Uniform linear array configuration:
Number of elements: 24
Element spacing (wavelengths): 0.25
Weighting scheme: hamming
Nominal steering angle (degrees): -60
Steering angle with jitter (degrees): -61.881
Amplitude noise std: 0.05
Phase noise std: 0.05

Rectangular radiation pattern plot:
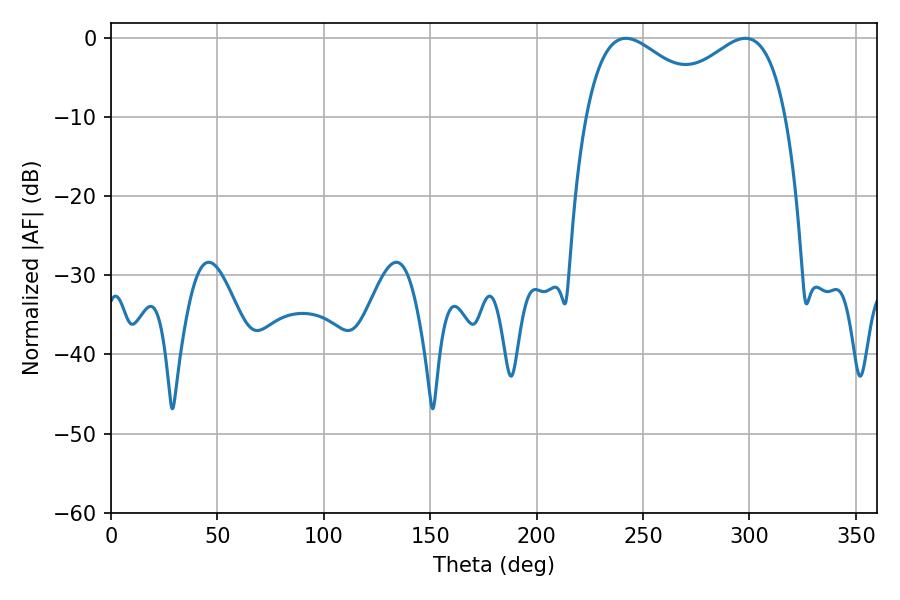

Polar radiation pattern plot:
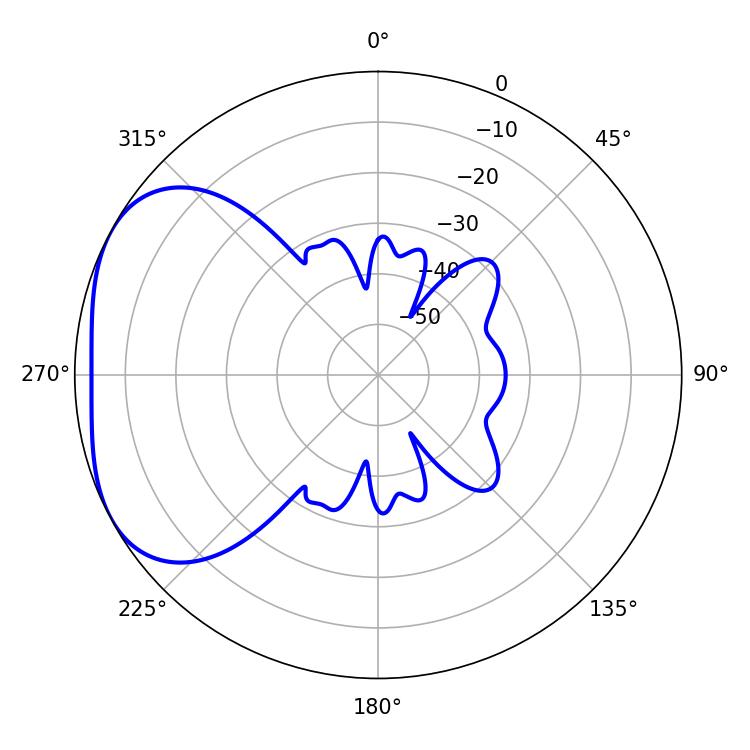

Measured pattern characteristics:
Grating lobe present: FALSE
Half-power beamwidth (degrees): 33.48
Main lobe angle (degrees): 241.92